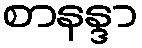
စာနန္ဒာ